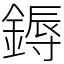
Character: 鎒